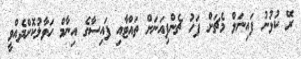
ރޭ ކުޅުނު ފައިނަލް މެޗަށް ފަހު ޗެންޕިއަނަށް ތައްޓާއި ފައިސާގެ އިނާމް ހަވާލުކޮށްދެއްވީ